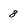
Character: 8